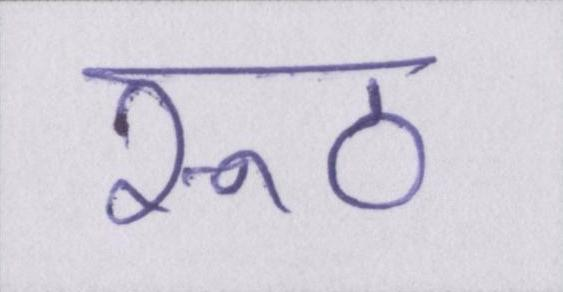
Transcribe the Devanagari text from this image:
रूठ